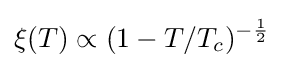
\xi (T)\propto (1-T/T_{c})^{-{\frac {1}{2}}}